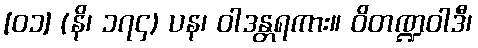
[၀၁] (နိ၊ ၁၇၄) ပန၊ ဝါဒန္တရကား။ ဝိတဏ္ဍဝါဒီ၊